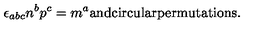
\epsilon _ { a b c } n ^ { b } p ^ { c } = m ^ { a } \mathrm { a n d c i r c u l a r p e r m u t a t i o n s . }